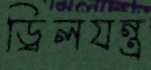
ড্রিলযন্ত্র